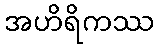
အဟိရိကဿ